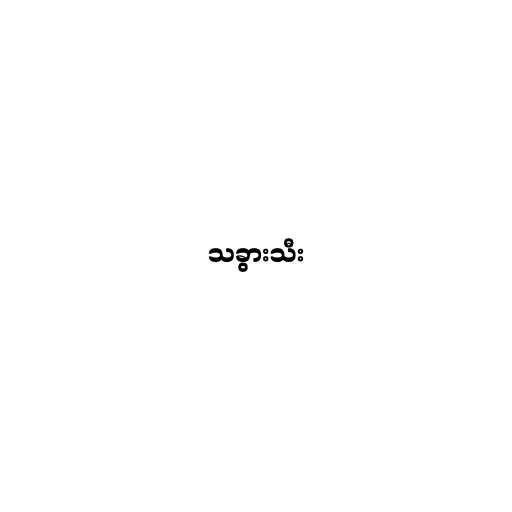
သခွားသီး